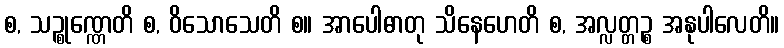
စ, သဉ္စုဏ္ဏေတိ စ, ဝိသောသေတိ စ။ အာပေါဓာတု သိနေဟေတိ စ, အလ္လတ္တဉ္စ အနုပါလေတိ။